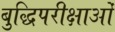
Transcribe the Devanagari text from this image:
बुद्धिपरीक्षाओं